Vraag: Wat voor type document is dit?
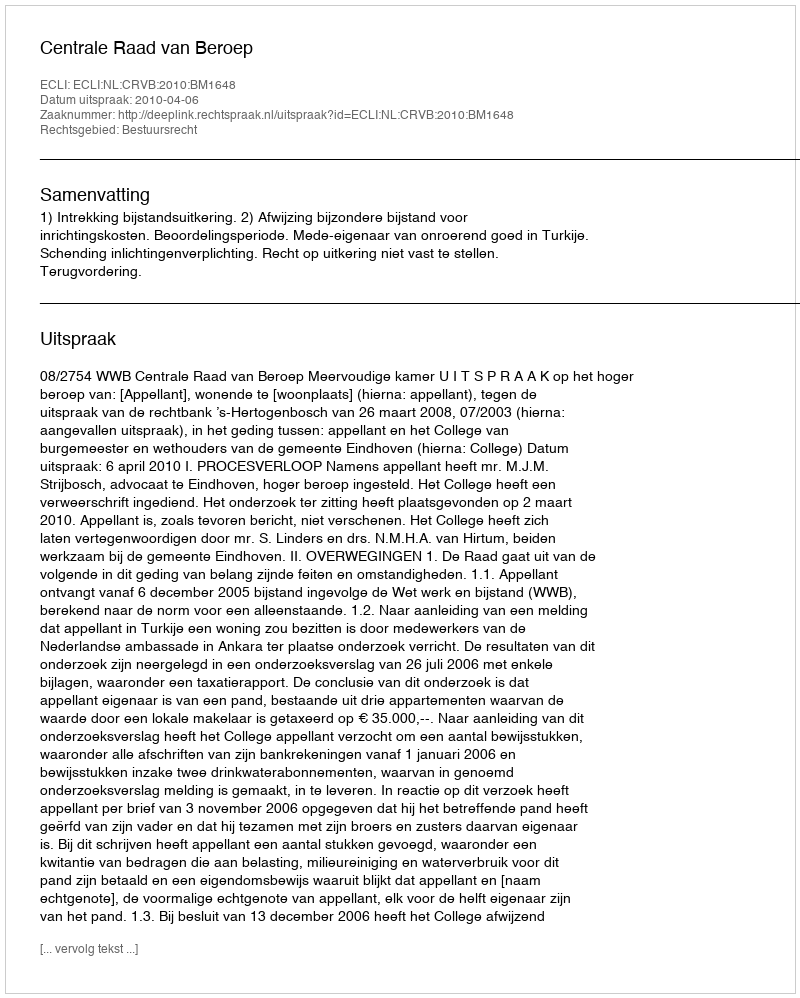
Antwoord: Uitspraak